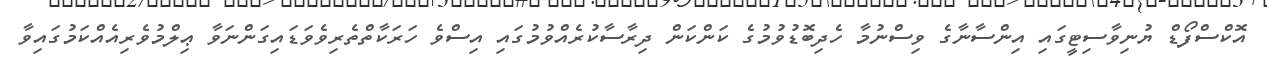
އޮކްސްފޯޑް ޔުނިވާސިޓީގައި އިންސާނާގެ ވިސްނުމާ ހެދިބޮޑުވުމުގެ ކަންކަން ދިރާސާކުރެއްވުމުގައި އިސްވެ ހަރަކާތްތެރިވެވަޑައިގަންނަވާ ޢިލްމުވެރިއެއްކަމުގައިވާ